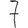
Digit: 7